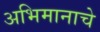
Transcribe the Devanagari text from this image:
अभिमानाचे